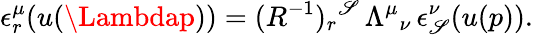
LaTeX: \epsilon_{r}^{\mu}(u(\Lambdap))=(R^{-1})_{r}{}^{\mathscr{S}}\, \Lambda^{\mu}{}_{\nu}\, \epsilon_{\mathscr{S}}^{\nu}(u(p)).